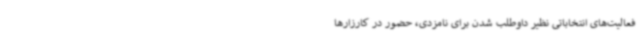
فعالیت‌های انتخاباتی نظیر داوطلب شدن برای نامزدی، حضور در کارزارها